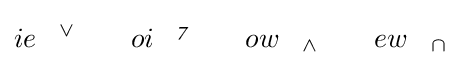
ie\;\;\;^{\lor }\qquad oi\;\;\;^{\mathfrak {7}}\qquad ow\;\;\;_{\land }\qquad ew\;\;\;_{\cap }